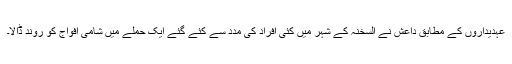
عہدیداروں کے مطابق داعش نے السخنہ کے شہر میں کئی افراد کی مدد سے کئے گئے ایک حملے میں شامی افواج کو روند ڈالا۔